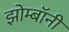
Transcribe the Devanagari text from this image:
झोम्बॉनी